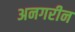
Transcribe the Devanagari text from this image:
अनगरीन